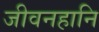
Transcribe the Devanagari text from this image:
जीवनहानि